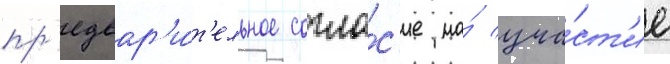
пр'едвар'и́т'ельное согла́с'ие на́ уча́ст'ие